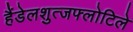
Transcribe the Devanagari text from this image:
हैंडेलशुत्जफ्लोटिले